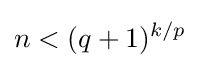
n<(q+1)^{k/p}